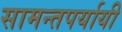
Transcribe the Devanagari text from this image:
सामन्तपर्यायी